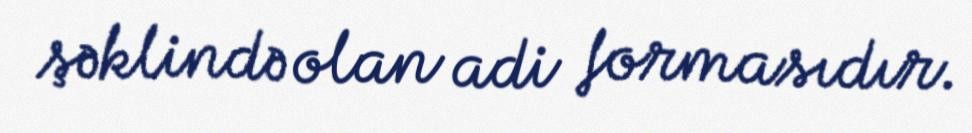
şəklində olan adi formasıdır.